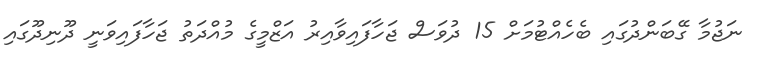
ނަޖުމާ ގޭބަންދުގައި ބެހެއްޓުމަށް 15 ދުވަސް ޖަހާފައިވާއިރު އަޒްމީގެ މުއްދަތު ޖަހާފައިވަނީ ދޫނިދޫގައި